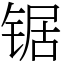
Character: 锯